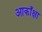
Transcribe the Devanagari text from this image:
आकाँक्षा